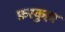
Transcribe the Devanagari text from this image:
फ़रकुहर